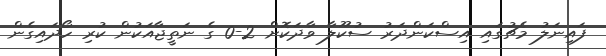
ފައިނަލު މެޗުގައި އިސްކަންދަރު ސުކޫލާ ވާދަކޮށް 2-0 ގެ ނަތީޖާއަކުން ކުރި ހޯދައިގެން